Annual administration report of the Civil Veterinary Department of India - 1903-1904
Year: 1903
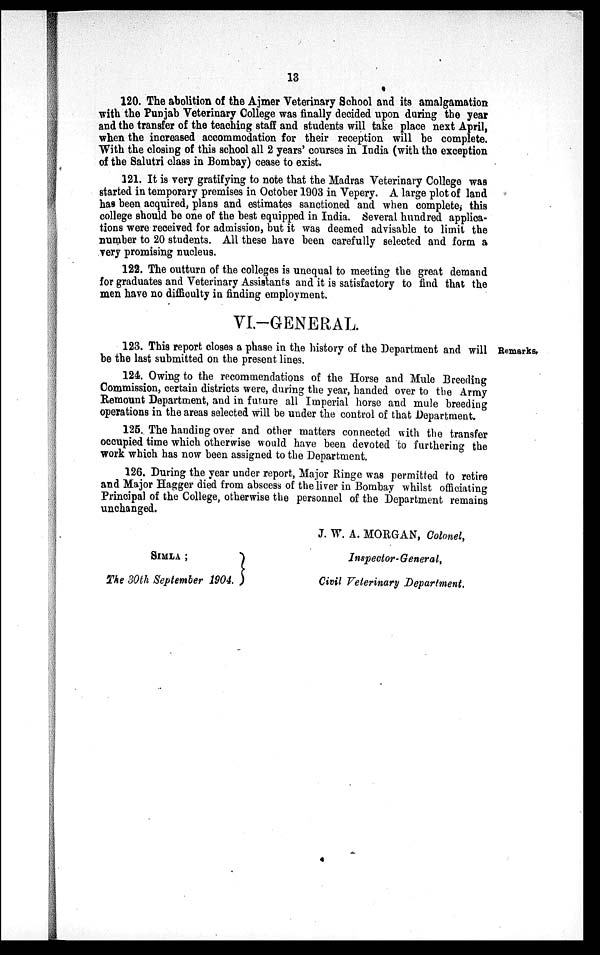
13
120. The abolition of the Ajmer Veterinary School and its amalgamation
with the Punjab Veterinary College was finally decided upon during the year
and the transfer of the teaching staff and students will take place next April,
when the increased accommodation for their reception will be complete.
With the closing of this school all 2 years' courses in India (with the exception
of the Salutri class in Bombay) cease to exist.
121. It is very gratifying to note that the Madras Veterinary College was
started in temporary premises in October 1903 in Vepery. A large plot of land
has been acquired, plans and estimates sanctioned and when complete, this
college should be one of the best equipped in India. Several hundred applica-
tions were received for admission, but it was deemed advisable to limit the
number to 20 students. All these have been carefully selected and form a
very promising nucleus.
122. The outturn of the colleges is unequal to meeting the great demand
for graduates and Veterinary Assistants and it is satisfactory to find that the
men have no difficulty in finding employment.
VI.-GENERAL.
Remarks.
123. This report closes a phase in the history of the Department and will
be the last submitted on the present lines.
124. Owing to the recommendations of the Horse and Mule Breeding
Commission, certain districts were, during the year, handed over to the Army
Remount Department, and in future all Imperial horse and mule breeding
operations in the areas selected will be under the control of that Department.
125. The handing over and other matters connected with the transfer
occupied time which otherwise would have been devoted to furthering the
work which has now been assigned to the Department,
126. During the year under report, Major Ringe was permitted to retire
and Major Hagger died from abscess of the liver in Bombay whilst officiating
Principal of the College, otherwise the personnel of the Department remains
unchanged.
SIMLA;
The 30th September 1904.
J. W. A. MORGAN, Colonel,
Inspector-General,
Civil Veterinary Department.